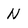
Character: N